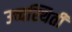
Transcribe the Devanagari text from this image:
उच्चस्थिती